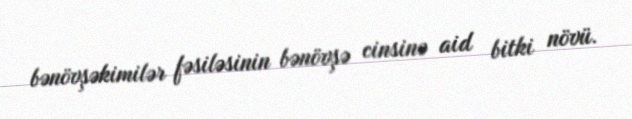
bənövşəkimilər fəsiləsinin bənövşə cinsinə aid bitki növü.